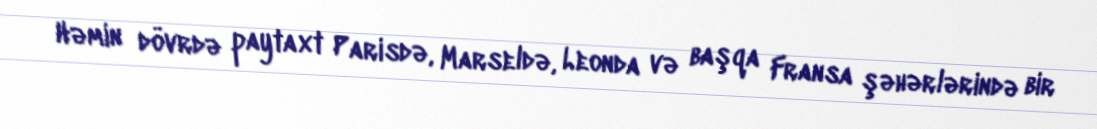
Həmin dövrdə paytaxt Parisdə, Marseldə, Leonda və başqa Fransa şəhərlərində bir